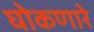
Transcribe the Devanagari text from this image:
घोकणारे